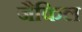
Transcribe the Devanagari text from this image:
जैकिल